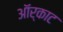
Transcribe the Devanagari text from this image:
ऑर्काट